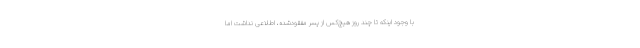
با وجود اینکه تا چند روز هیچ‌کس از پسر مفقودشده، اطلاعی نداشت اما